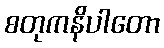
စတုကနိပါတော